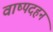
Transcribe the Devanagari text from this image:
वाष्पदहन